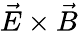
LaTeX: \vec{E}\times\vec{B}